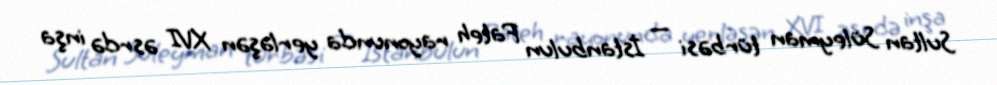
Sultan Süleyman türbəsi — İstanbulun Fateh rayonunda yerləşən XVI əsrdə inşa